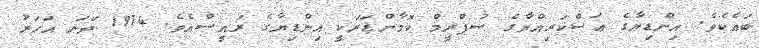
ބައެކެވެ. އިންޑިޔާގެ ޢަސްކަރިއްޔާގެ ސުޕްރީމް ކޮމާންޑަރަކީ އިންޑިޔާގެ ރައީސްއެވެ. 1974 ވަނަ އަހަރު